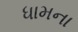
ધામના